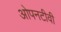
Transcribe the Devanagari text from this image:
ओपनटीवी